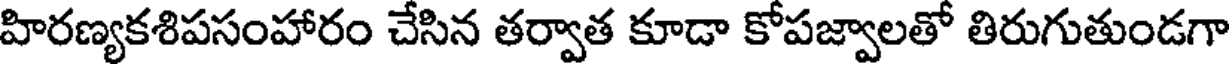
హిరణ్యకశిపసంహారం చేసిన తర్వాత కూడా కోపజ్వాలతో తిరుగుతుండగా